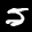
Label: 5